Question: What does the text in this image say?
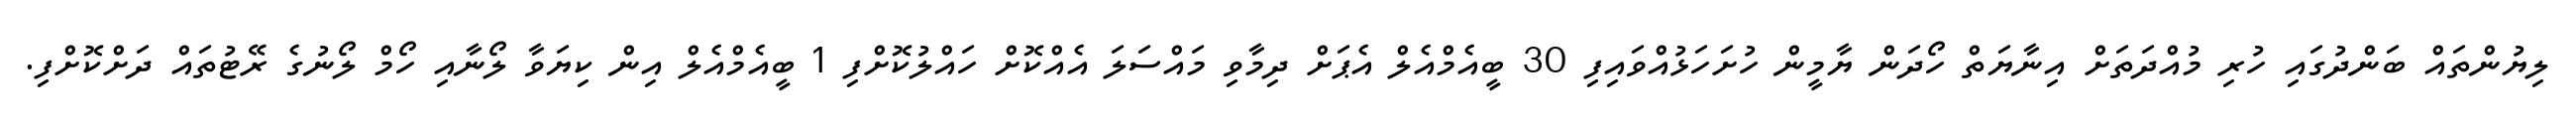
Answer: ލިޔުންތައް ބަންދުގައި ހުރި މުއްދަތަށް އިނާޔަތް ހޯދަން ޔާމީން ހުށަހަޅުއްވައިފި 30 ބީއެމްއެލް އެޕަށް ދިމާވި މައްސަލަ އެއްކޮށް ހައްލުކޮށްފި 1 ބީއެމްއެލް އިން ކިޔަވާ ލޯނާއި ހޯމް ލޯނުގެ ރޭޓުތައް ދަށްކޮށްފި.